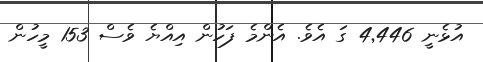
އުޅެނީ 4